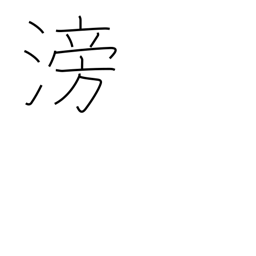
Meaning: flowing